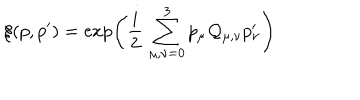
\xi ( p , p ^ { \prime } ) = \exp \left( { \frac { i } { 2 } } \, \sum _ { \mu , \nu = 0 } ^ { 3 } p _ { \mu } { \cal Q } _ { \mu , \nu } p _ { \nu } ^ { \prime } \right)